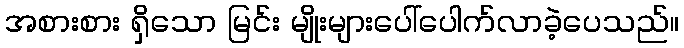
အစားစား ရှိသော မြင်း မျိုးများပေါ်ပေါက်လာခဲ့ပေသည်။